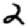
Digit: 2